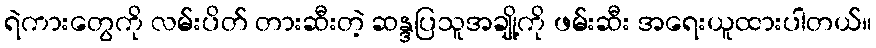
ရဲကားတွေကို လမ်းပိတ် တားဆီးတဲ့ ဆန္ဒပြသူအချို့ကို ဖမ်းဆီး အရေးယူထားပါတယ်။